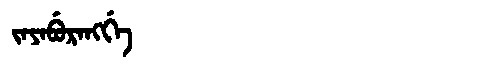
Manchu: ᠵᠠᠶᠠᠪᡠᡵᠠᠩᡤᡝ
Romanization: JAYABURANGGE